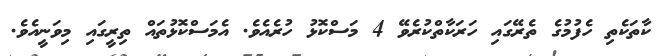
ކާތަކެތި ހެފުމުގެ ތެރޭގައި ހަރަކާތްކުރެވޭ 4 މަސްކޮޅު ހުރެއެވެ. އެމަސްކޮޅުތައް ތިރީގައި މިވަނީއެވެ.